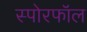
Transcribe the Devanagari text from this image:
स्पोरफॉल